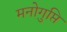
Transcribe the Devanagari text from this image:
मनोगुप्ति